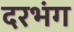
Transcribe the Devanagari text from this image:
दरभंग